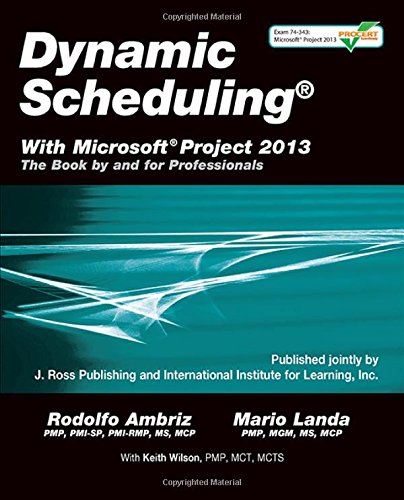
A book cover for Dynamic Scheduling with Microsoft Project 2013: The Book by and for Professionals; Rodolfo Ambriz; Computers & Technology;